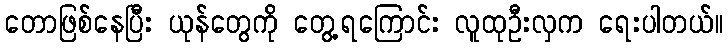
တောဖြစ်နေပြီး ယုန်တွေကို တွေ့ရကြောင်း လူထုဦးလှက ရေးပါတယ်။